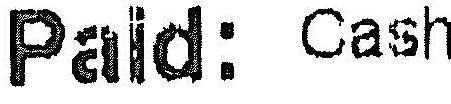
PAID: CASH